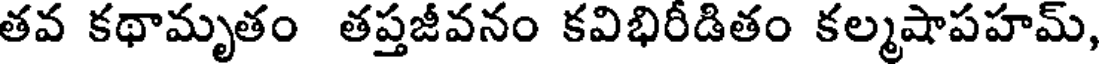
తవ కథామృతం తప్తజీవనం కవిభిరీడితం కల్మషాపహమ్,